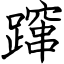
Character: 蹿